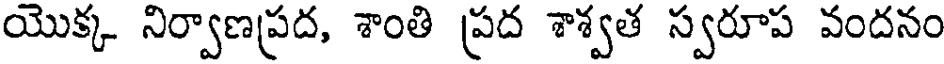
యొక్క నిర్వాణప్రద, శాంతి ప్రద శాశ్వత స్వరూప వందనం